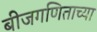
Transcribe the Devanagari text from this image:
बीजगणिताच्या